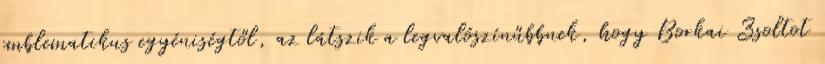
emblematikus egyéniségtől, az látszik a legvalószínűbbnek, hogy Borkai Zsoltot